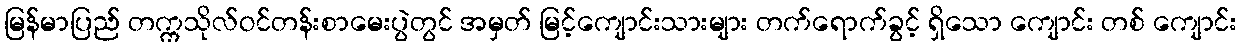
မြန်မာပြည် တက္ကသိုလ်ဝင်တန်းစာမေးပွဲတွင် အမှတ် မြင့်ကျောင်းသားများ တက်ရောက်ခွင့် ရှိသော ကျောင်း တစ် ကျောင်း